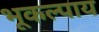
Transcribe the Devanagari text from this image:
भूकल्पाय